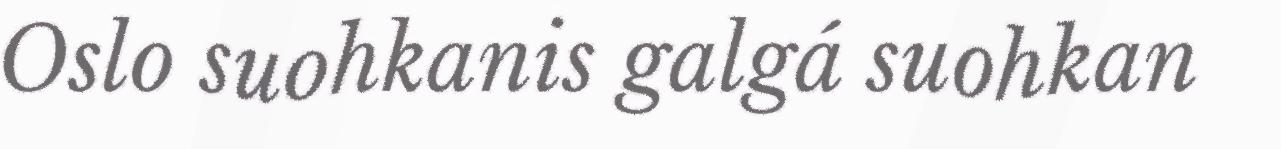
Oslo suohkanis galgá suohkan